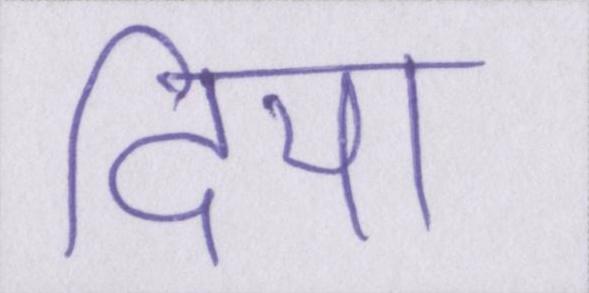
दिया